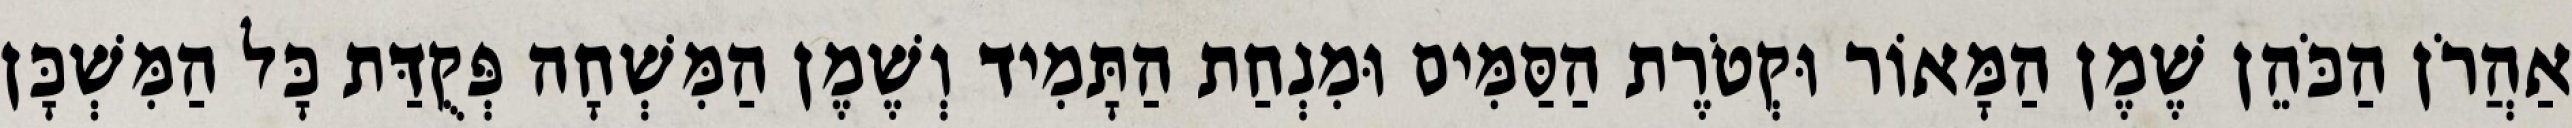
אַהֲרֹן הַכֹּהֵן שֶׁמֶן הַמָּאוֹר וּקְטֹרֶת הַסַּמִּים וּמִנְחַת הַתָּמִיד וְשֶׁמֶן הַמִּשְׁחָה פְּקֻדַּת כָּל הַמִּשְׁכָּן